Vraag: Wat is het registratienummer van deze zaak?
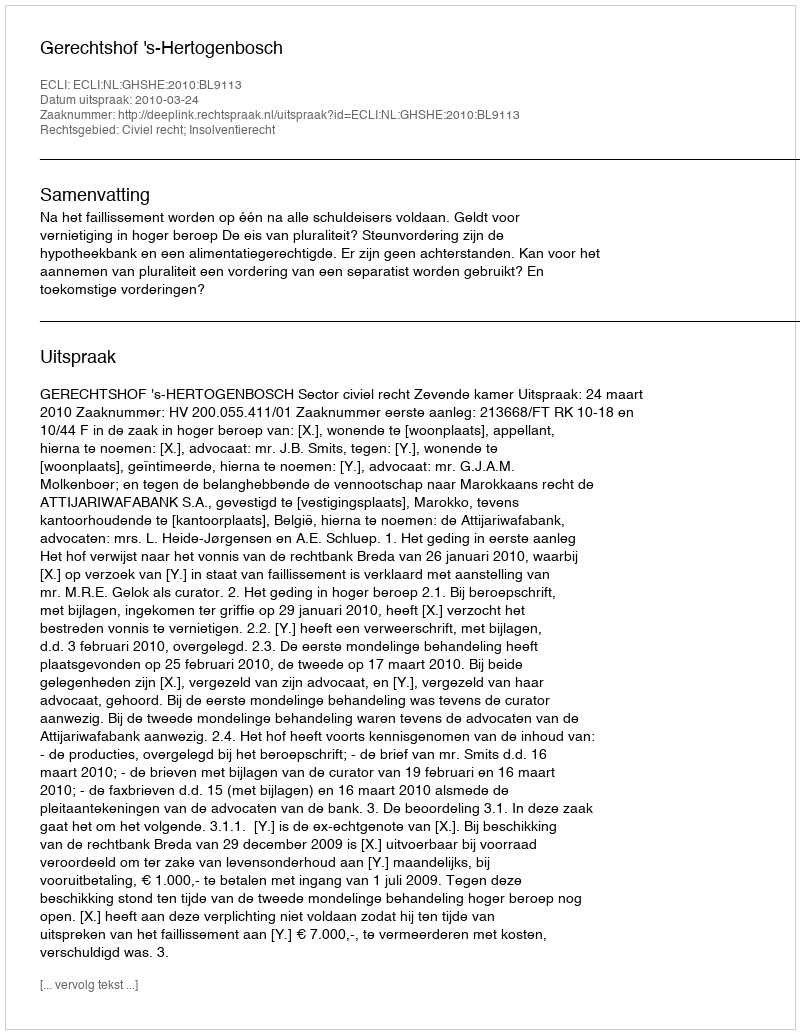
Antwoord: http://deeplink.rechtspraak.nl/uitspraak?id=ECLI:NL:GHSHE:2010:BL9113